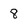
Character: 8